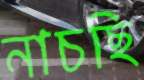
নাচছি